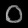
Digit: ၀